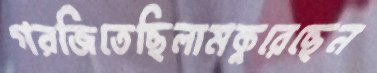
গরজিতেছিলামকুরেছেন